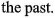
the past.